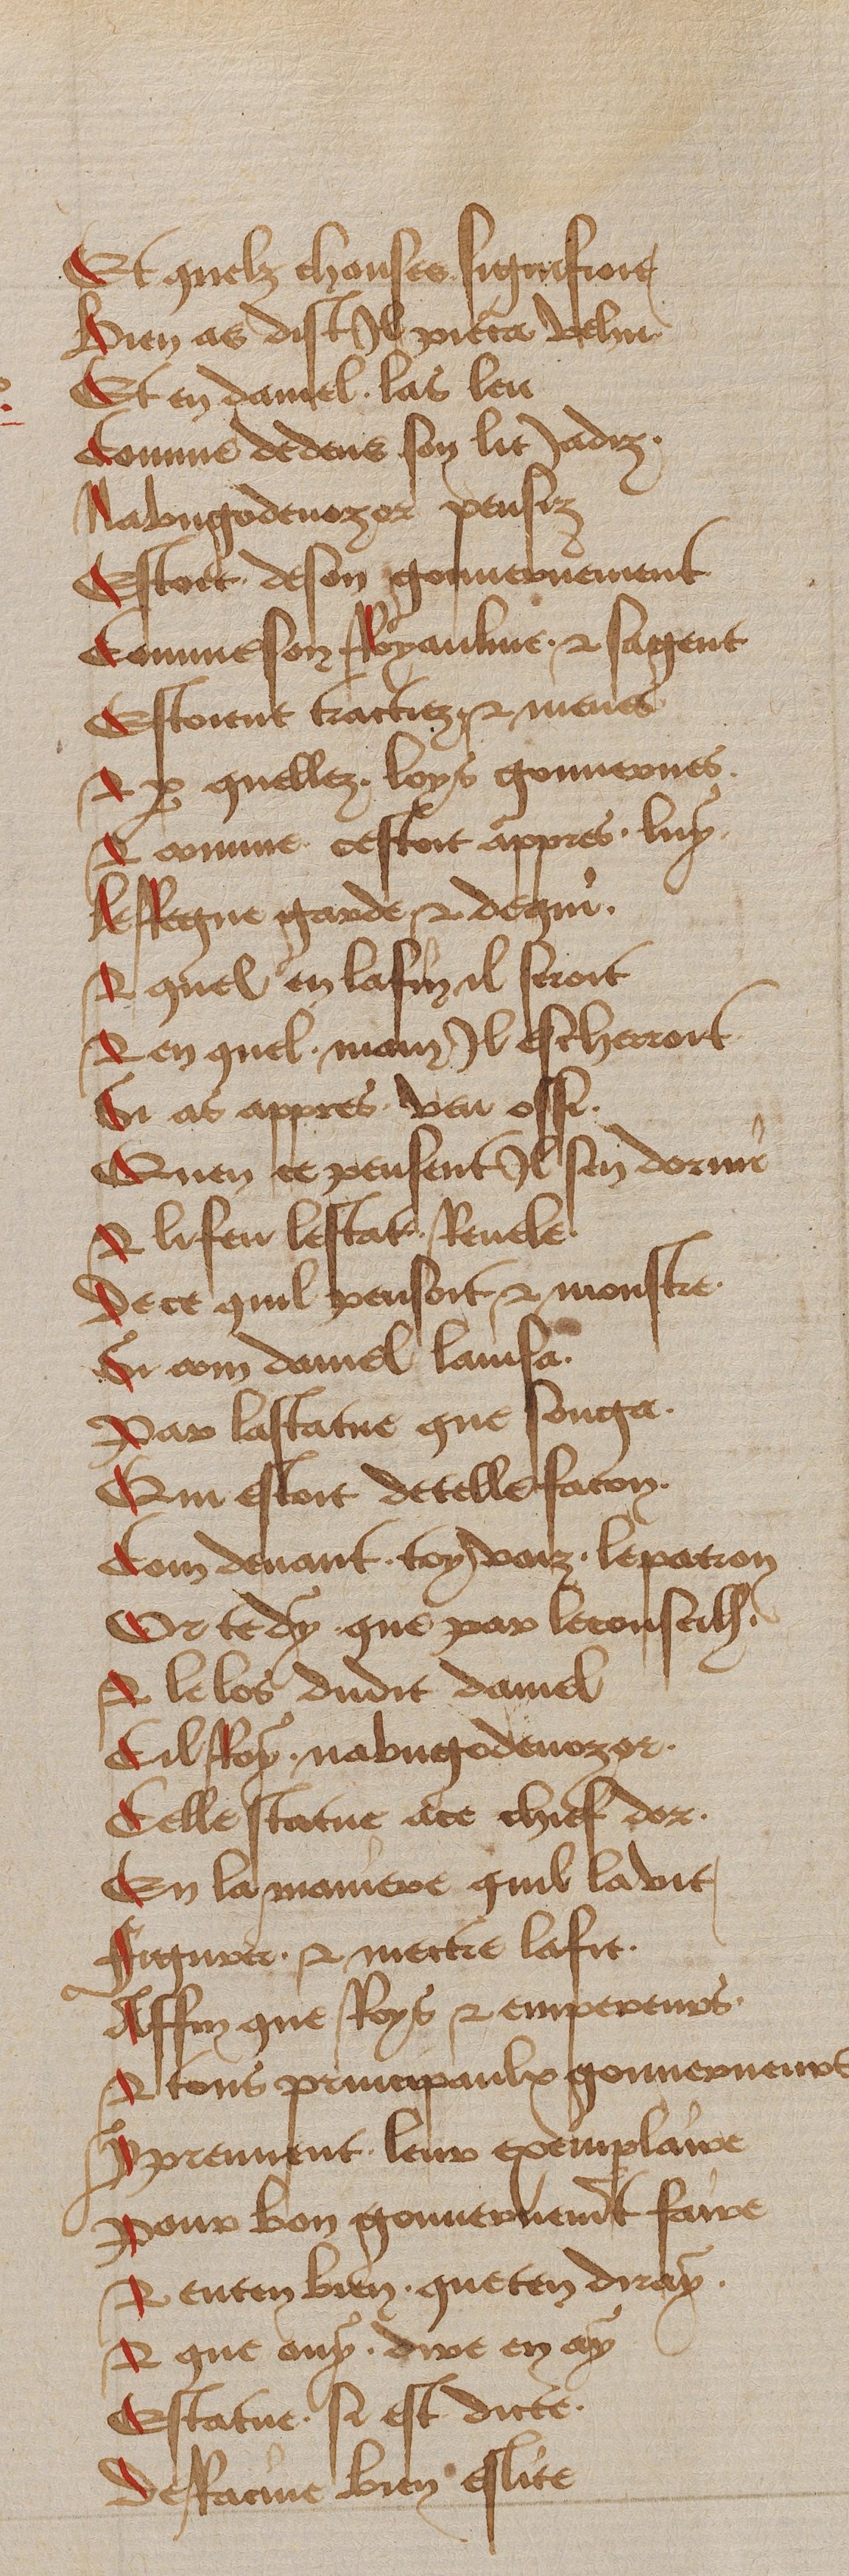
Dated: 1450–1499